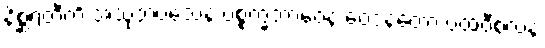
နိစ္ဆရတီတိ အသုဘဝသေန ပစ္စက္ခဘာဝေန ဝေဒနတော ပထဝီစလနံ